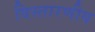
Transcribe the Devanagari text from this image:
विस्तारणीय